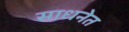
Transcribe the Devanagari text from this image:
साधनेत